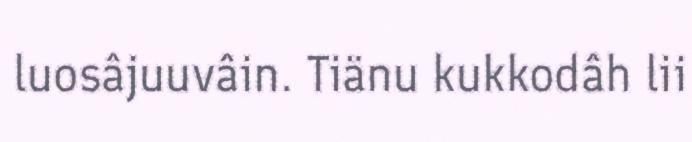
luosâjuuvâin. Tiänu kukkodâh lii